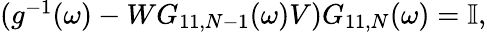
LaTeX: \begin{array}{r}{(g^{-1}(\omega)-WG_{11,N-1}(\omega)V)G_{11,N}(\omega)=\mathbb{I},}\end{array}